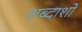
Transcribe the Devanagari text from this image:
शब्दाशों